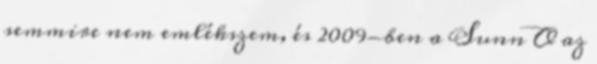
semmire nem emlékszem, és 2009-ben a Sunn O az